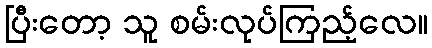
ပြီးတော့ သူ စမ်းလုပ်ကြည့်လေ။